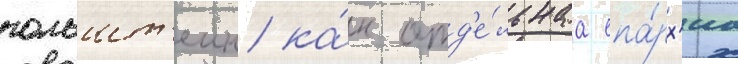
гольшт'еин ка́к отд'е́льнаа епа́рх'иа